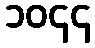
၁၀၄၄